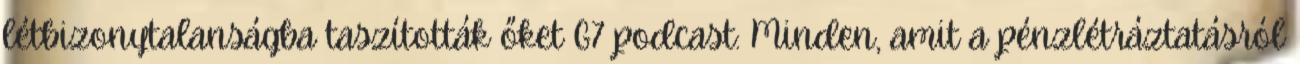
létbizonytalanságba taszították őket G7 podcast: Minden, amit a pénzlétráztatásról